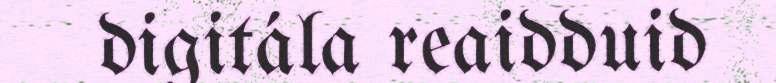
digitála reaidduid